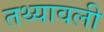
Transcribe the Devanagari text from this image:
तथ्यावली